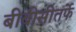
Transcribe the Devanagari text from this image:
बीबीसीतर्फे